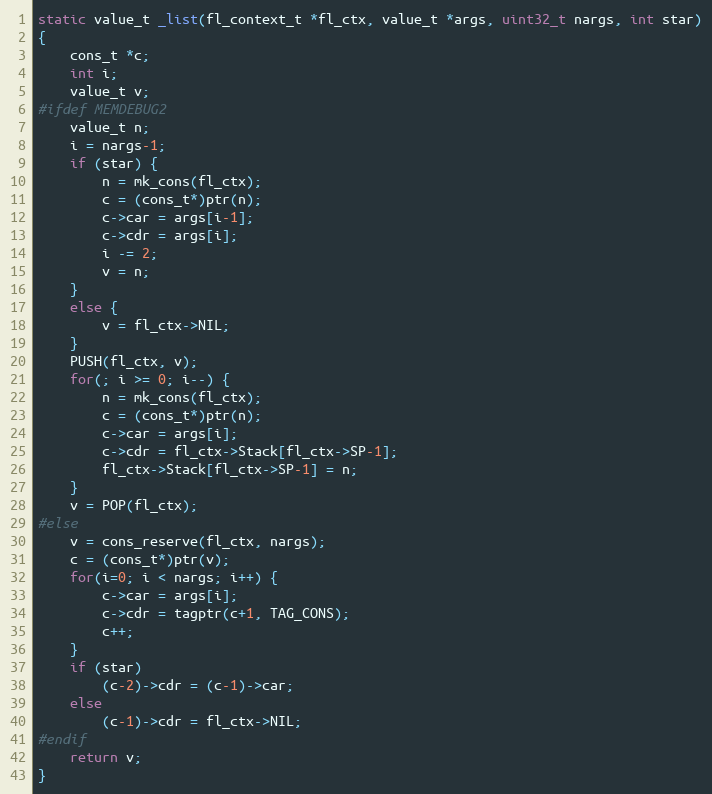
Language: C
static value_t _list(fl_context_t *fl_ctx, value_t *args, uint32_t nargs, int star)
{
    cons_t *c;
    int i;
    value_t v;
#ifdef MEMDEBUG2
    value_t n;
    i = nargs-1;
    if (star) {
        n = mk_cons(fl_ctx);
        c = (cons_t*)ptr(n);
        c->car = args[i-1];
        c->cdr = args[i];
        i -= 2;
        v = n;
    }
    else {
        v = fl_ctx->NIL;
    }
    PUSH(fl_ctx, v);
    for(; i >= 0; i--) {
        n = mk_cons(fl_ctx);
        c = (cons_t*)ptr(n);
        c->car = args[i];
        c->cdr = fl_ctx->Stack[fl_ctx->SP-1];
        fl_ctx->Stack[fl_ctx->SP-1] = n;
    }
    v = POP(fl_ctx);
#else
    v = cons_reserve(fl_ctx, nargs);
    c = (cons_t*)ptr(v);
    for(i=0; i < nargs; i++) {
        c->car = args[i];
        c->cdr = tagptr(c+1, TAG_CONS);
        c++;
    }
    if (star)
        (c-2)->cdr = (c-1)->car;
    else
        (c-1)->cdr = fl_ctx->NIL;
#endif
    return v;
}